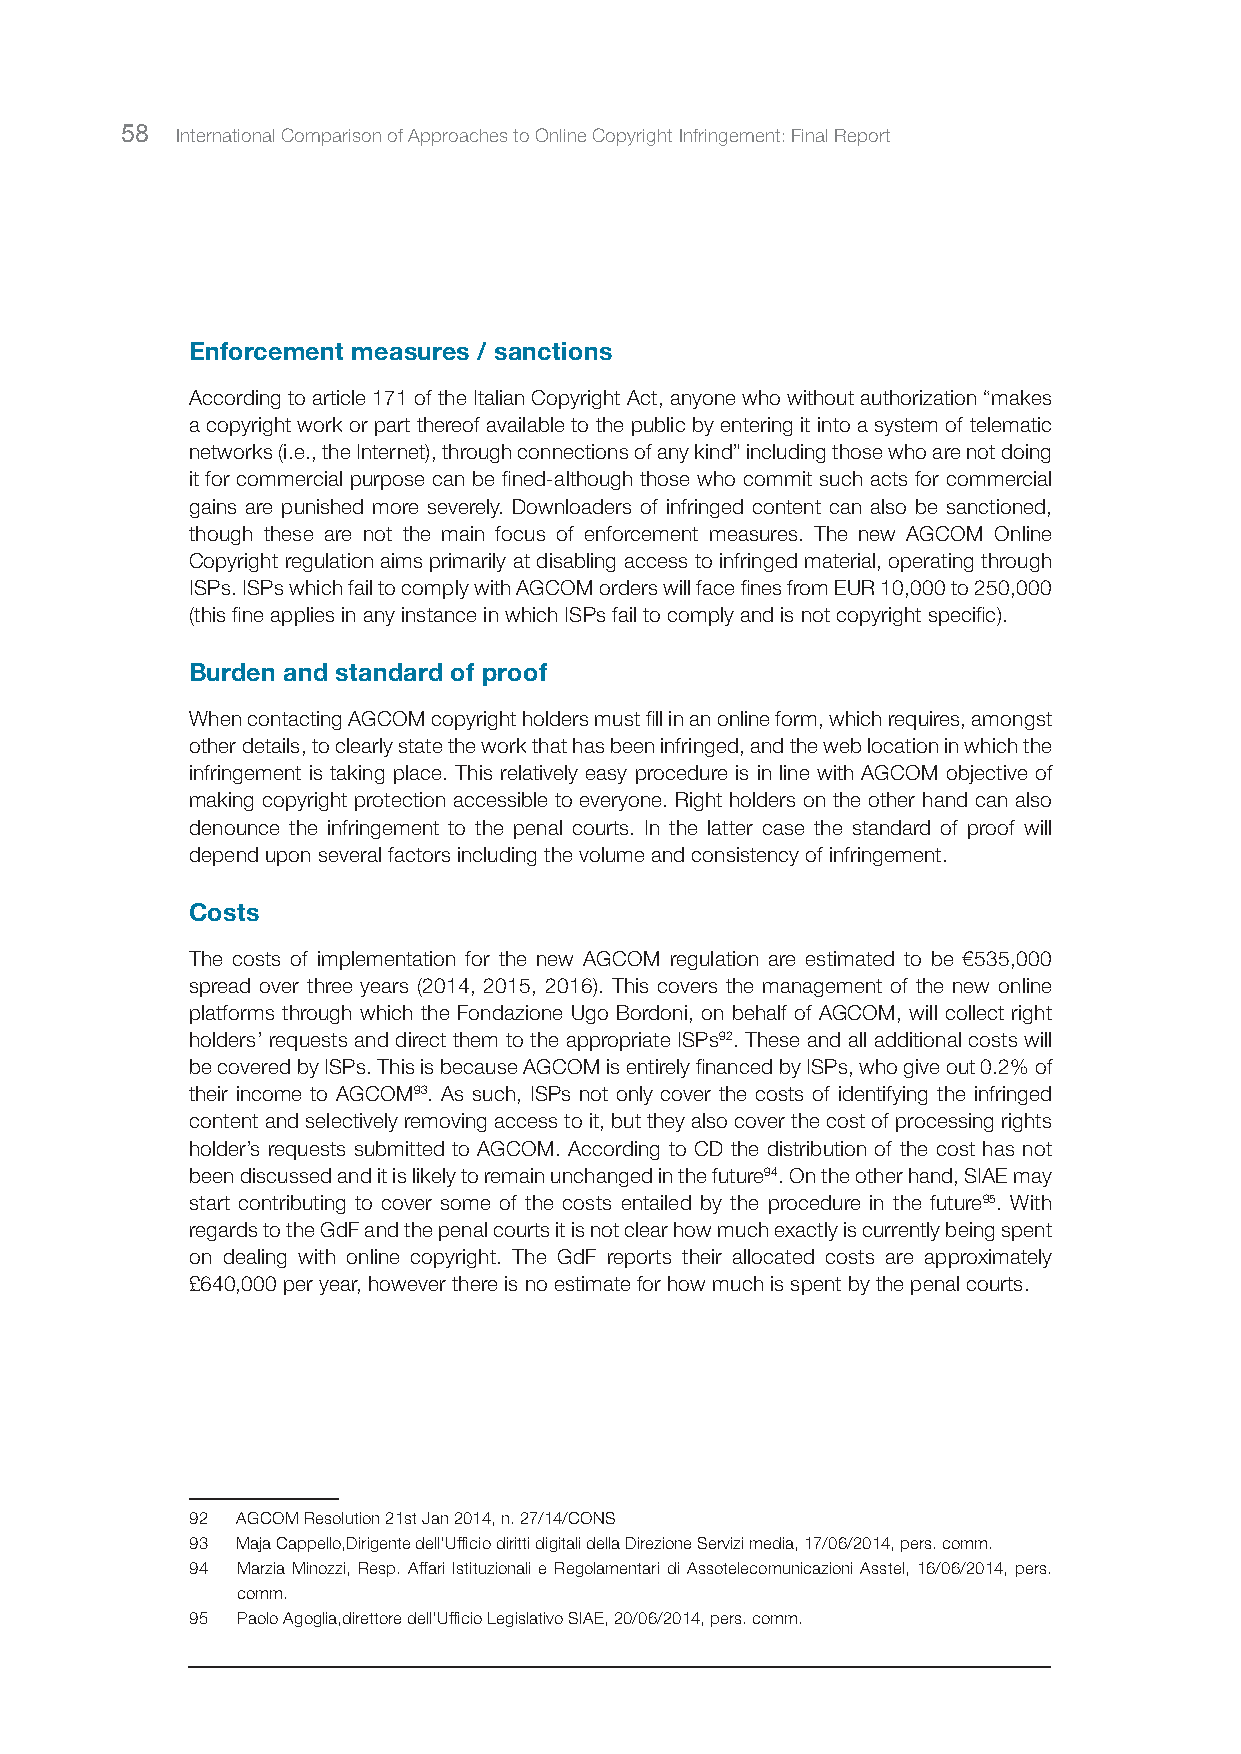
58  International Comparison of Approaches to Online Copyright Infringement: Final Report
 Enforcement measures / sanctions
 According to article 171 of the Italian Copyright Act, anyone who without authorization “makes
 a copyright work or part thereof available to the public by entering it into a system of telematic
 networks (i.e., the Internet), through connections of any kind” including those who are not doing
 it for commercial purpose can be fined-although those who commit such acts for commercial
 gains are punished more severely. Downloaders of infringed content can also be sanctioned,
 though these are not the main focus of enforcement measures. The new AGCOM Online
 Copyright regulation aims primarily at disabling access to infringed material, operating through
 ISPs. ISPs which fail to comply with AGCOM orders will face fines from EUR 10,000 to 250,000
 (this fine applies in any instance in which ISPs fail to comply and is not copyright specific).
 Burden and standard of proof
 When contacting AGCOM copyright holders must fill in an online form, which requires, amongst
 other details, to clearly state the work that has been infringed, and the web location in which the
 infringement is taking place. This relatively easy procedure is in line with AGCOM objective of
 making copyright protection accessible to everyone. Right holders on the other hand can also
 denounce the infringement to the penal courts. In the latter case the standard of proof will
 depend upon several factors including the volume and consistency of infringement.
 Costs
 The costs of implementation for the new AGCOM regulation are estimated to be €535,000
 spread over three years (2014, 2015, 2016). This covers the management of the new online
 platforms through which the Fondazione Ugo Bordoni, on behalf of AGCOM, will collect right
 holders’ requests and direct them to the appropriate ISPs92. These and all additional costs will
 be covered by ISPs. This is because AGCOM is entirely financed by ISPs, who give out 0.2% of
 their income to AGCOM93. As such, ISPs not only cover the costs of identifying the infringed
 content and selectively removing access to it, but they also cover the cost of processing rights
 holder’s requests submitted to AGCOM. According to CD the distribution of the cost has not
 been discussed and it is likely to remain unchanged in the future94. On the other hand, SIAE may
 start contributing to cover some of the costs entailed by the procedure in the future95. With
 regards to the GdF and the penal courts it is not clear how much exactly is currently being spent
 on dealing with online copyright. The GdF reports their allocated costs are approximately
 £640,000 per year, however there is no estimate for how much is spent by the penal courts.
 92 AGCOM Resolution 21st Jan 2014, n. 27/14/CONS
 93 Maja Cappello,Dirigente dell’Ufficio diritti digitali della Direzione Servizi media, 17/06/2014, pers. comm.
 94 Marzia Minozzi, Resp. Affari Istituzionali e Regolamentari di Assotelecomunicazioni Asstel, 16/06/2014, pers.
 comm.
 95 Paolo Agoglia,direttore dell’Ufficio Legislativo SIAE, 20/06/2014, pers. comm.